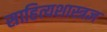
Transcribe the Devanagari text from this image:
साहित्यशास्त्रज्ञ